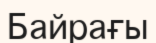
Байрағы